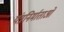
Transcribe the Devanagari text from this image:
यंत्रनिर्माताओं